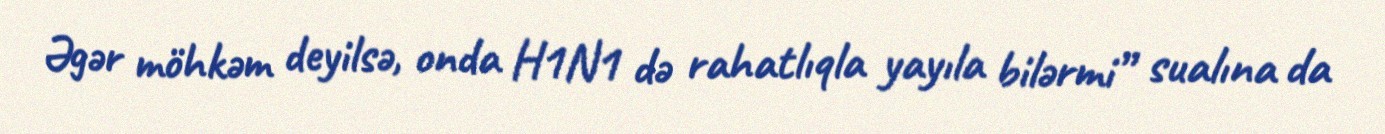
Əgər möhkəm deyilsə, onda H1N1 də rahatlıqla yayıla bilərmi” sualına da